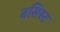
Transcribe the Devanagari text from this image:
बसिस्ट